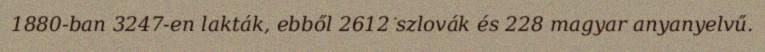
1880-ban 3247-en lakták, ebből 2612 szlovák és 228 magyar anyanyelvű.